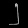
Digit: ၂